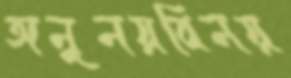
অনুনয়বিনয়